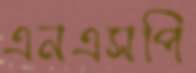
এনএসপি